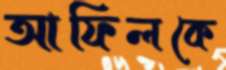
আফিলকে